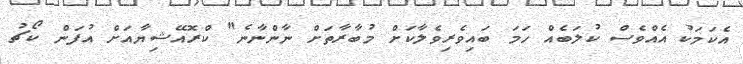
އެކަމަކު އެއްވެސް ކުލަބެއް ހަމަ ބައިވެރިވެލާކަށް މުބާރާތަށް ނާންނާނެ" ކްރޮއޭޝިޔާއަށް އުފަން ކޯޗު